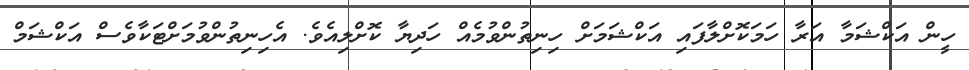
ހީން އަކްޝަމާ އަރާ ހަމަކޮށްލާފައި އަކްޝަމަށް ހިނިތުންވުމެއް ހަދިޔާ ކޮށްލިއެވެ. އެހިނިތުންވުމަށްޓަކާވެސް އަކްޝަމް